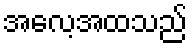
အလေ့အထသည်